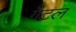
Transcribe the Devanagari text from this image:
गैटल